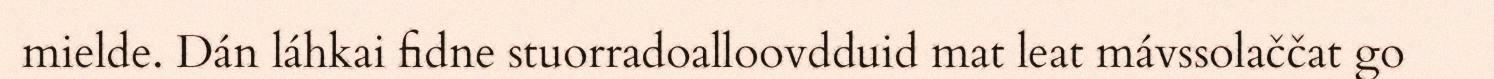
mielde. Dán láhkai fidne stuorradoalloovdduid mat leat mávssolaččat go